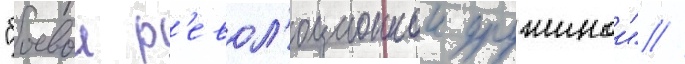
"боевои р'евол'юционнои дружинои" //